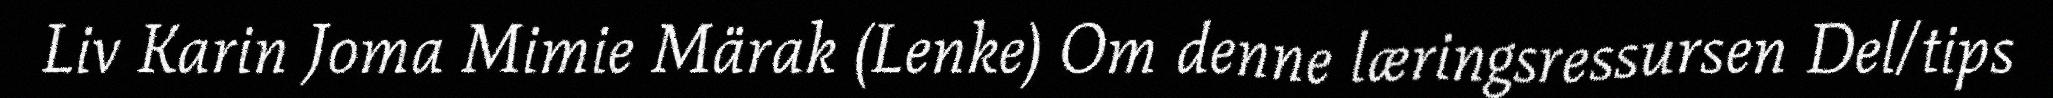
Liv Karin Joma Mimie Märak (Lenke) Om denne læringsressursen Del/tips